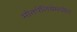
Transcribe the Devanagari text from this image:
माँतपेलियेमधील